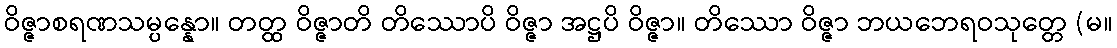
ဝိဇ္ဇာစရဏသမ္ပန္နော။ တတ္ထ ဝိဇ္ဇာတိ တိဿောပိ ဝိဇ္ဇာ အဋ္ဌပိ ဝိဇ္ဇာ။ တိဿော ဝိဇ္ဇာ ဘယဘေရဝသုတ္တေ (မ။